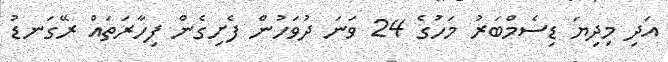
އަދި މިދިޔަ ޑިސެމްބަރު މަހުގެ 24 ވަނަ ދުވަހުން ފެށިގެން ފިހާރަތައް ރޭގަނޑު